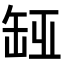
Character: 𦈮